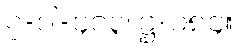
၇-ပါ-၄၀၃၊ ဋ္ဌ-၁၈၄။